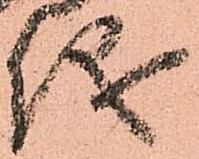
儀